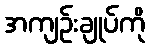
အကျဉ်းချုပ်ကို